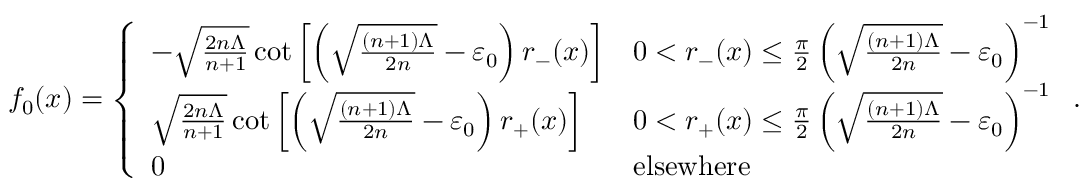
\begin{array} { r } { f _ { 0 } ( x ) = \left\{ \begin{array} { l l } { - \sqrt { \frac { 2 n \Lambda } { n + 1 } } \cot \left[ \left( \sqrt { \frac { ( n + 1 ) \Lambda } { 2 n } } - \varepsilon _ { 0 } \right) r _ { - } ( x ) \right] } & { 0 < r _ { - } ( x ) \le \frac { \pi } { 2 } \left( \sqrt { \frac { ( n + 1 ) \Lambda } { 2 n } } - \varepsilon _ { 0 } \right) ^ { - 1 } } \\ { \sqrt { \frac { 2 n \Lambda } { n + 1 } } \cot \left[ \left( \sqrt { \frac { ( n + 1 ) \Lambda } { 2 n } } - \varepsilon _ { 0 } \right) r _ { + } ( x ) \right] } & { 0 < r _ { + } ( x ) \le \frac { \pi } { 2 } \left( \sqrt { \frac { ( n + 1 ) \Lambda } { 2 n } } - \varepsilon _ { 0 } \right) ^ { - 1 } } \\ { 0 } & { \mathrm { e l s e w h e r e } } \end{array} \right. . } \end{array}